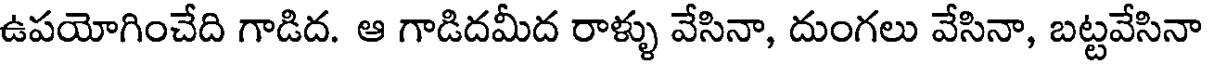
ఉపయోగించేది గాడిద. ఆ గాడిదమీద రాళ్ళు వేసినా, దుంగలు వేసినా, బట్టవేసినా